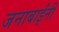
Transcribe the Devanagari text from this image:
जनाबाईंनी